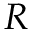
R